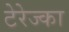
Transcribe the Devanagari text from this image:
टेरेज्का